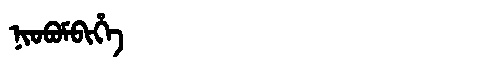
Manchu: ᠨᡳᠣᠪᠣᠮᠪᡳᡥᡝ
Romanization: NIOBOMBIHE